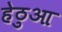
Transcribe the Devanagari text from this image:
हेठुआ